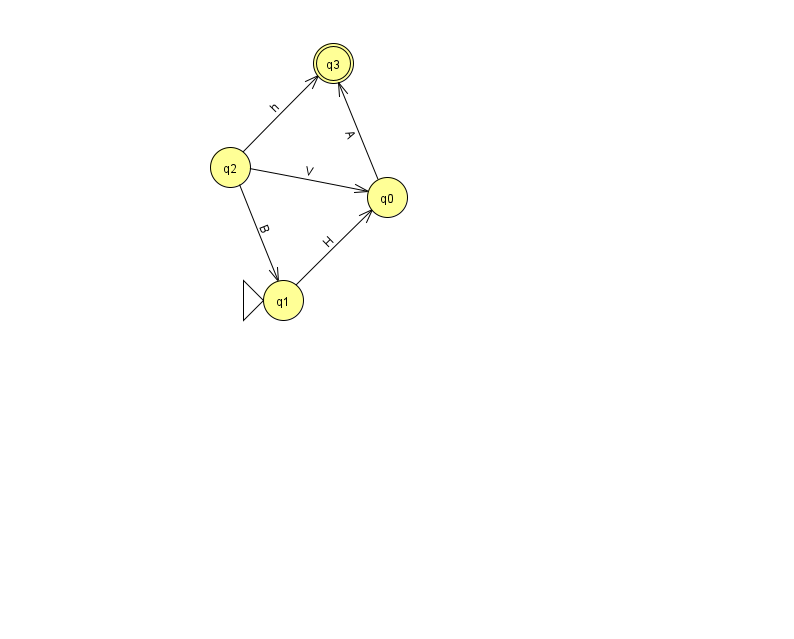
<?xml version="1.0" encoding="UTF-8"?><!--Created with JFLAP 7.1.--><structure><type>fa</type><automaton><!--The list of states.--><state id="0" name="q0"><x>387.0</x><y>184.0</y></state><state id="1" name="q1"><x>283.0</x><y>287.0</y><initial/></state><state id="2" name="q2"><x>230.0</x><y>154.0</y></state><state id="3" name="q3"><x>333.0</x><y>50.0</y><final/></state><!--The list of transitions.--><transition><from>2</from><to>1</to><read>B</read></transition><transition><from>1</from><to>0</to><read>H</read></transition><transition><from>0</from><to>3</to><read>A</read></transition><transition><from>2</from><to>0</to><read>V</read></transition><transition><from>2</from><to>3</to><read>h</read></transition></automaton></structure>